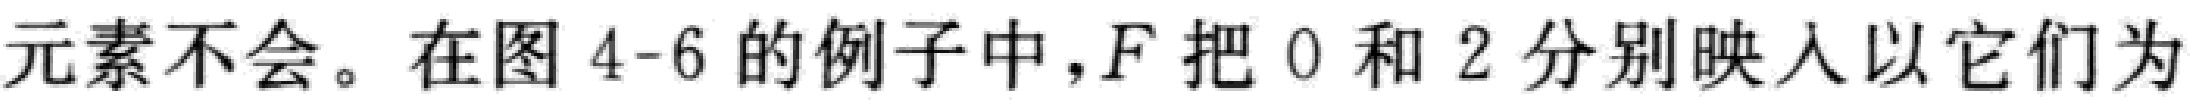
元素不会。在图 4-6 的例子中，$F$ 把 0 和 2 分别映入以它们为